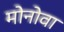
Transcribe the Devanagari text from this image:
मोनोवा